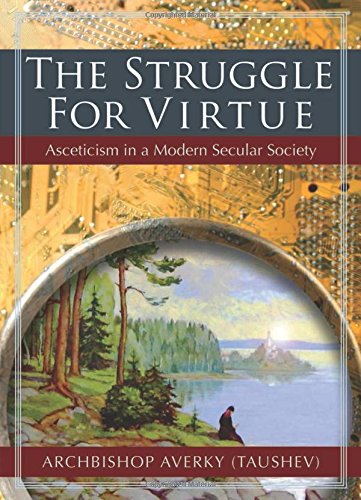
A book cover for The Struggle for Virtue: Asceticism in a Modern Secular Society; Archbishop Averky (Taushev); Christian Books & Bibles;